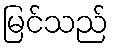
မြင်သည်